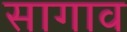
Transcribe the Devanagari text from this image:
सागाव